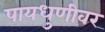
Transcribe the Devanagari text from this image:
पायधुणीवर